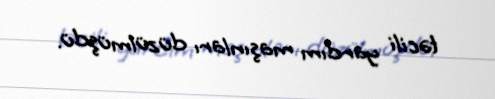
təcili yardım maşınları düzülmüşdü.